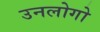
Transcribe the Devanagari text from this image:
उनलोगो